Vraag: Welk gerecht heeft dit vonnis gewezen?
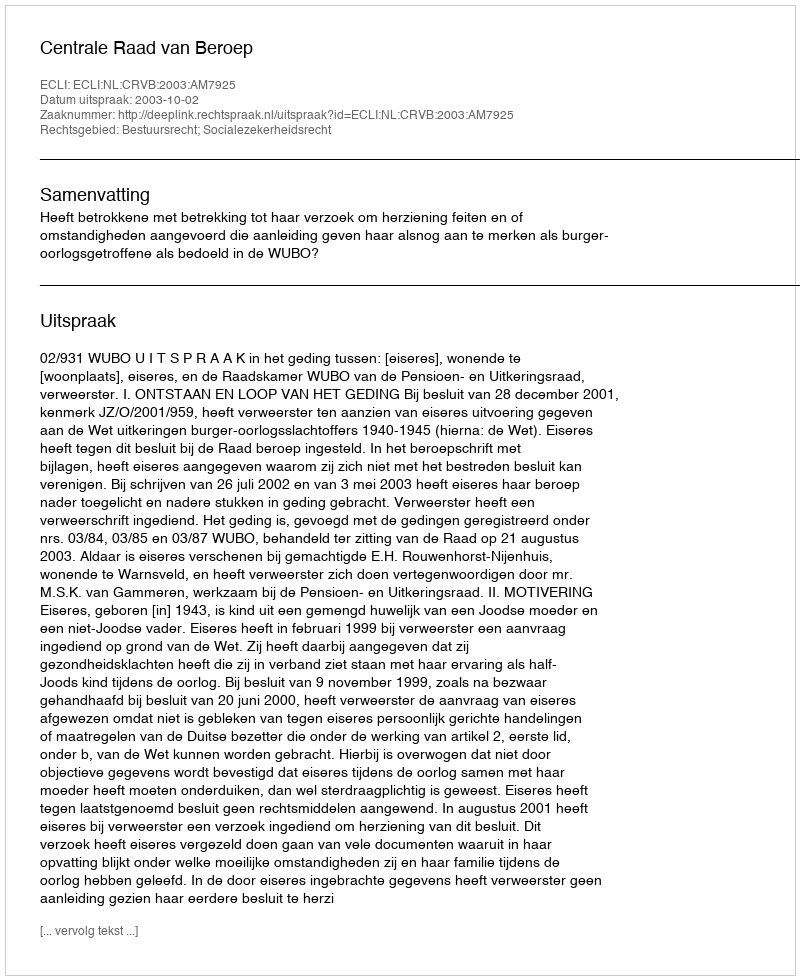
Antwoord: Centrale Raad van Beroep